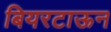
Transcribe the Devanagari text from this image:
बियरटाऊन